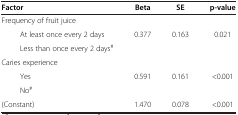
<table><thead><tr><td><b>Factor</b></td><td><b>Beta</b></td><td><b>SE</b></td><td><b>p-value</b></td></tr></thead><tbody><tr><td>Frequency of fruit juice</td><td> </td><td> </td><td> </td></tr><tr><td>At least once every 2 days</td><td>0.377</td><td>0.163</td><td>0.021</td></tr><tr><td>Less than once every 2 days<sup>#</sup></td><td> </td><td> </td><td> </td></tr><tr><td>Caries experience</td><td> </td><td> </td><td> </td></tr><tr><td>Yes</td><td>0.591</td><td>0.161</td><td>&lt;0.001</td></tr><tr><td>No<sup>#</sup></td><td> </td><td> </td><td> </td></tr><tr><td>(Constant)</td><td>1.470</td><td>0.078</td><td>&lt;0.001</td></tr></tbody></table>